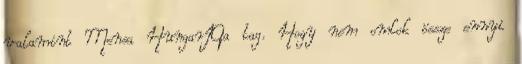
valamint Mensa HungarIQa tag. Hogy nem omlok össze ennyi